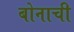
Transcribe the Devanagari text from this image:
बोनाची